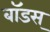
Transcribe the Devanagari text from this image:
बॉडस्